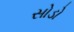
સોડો